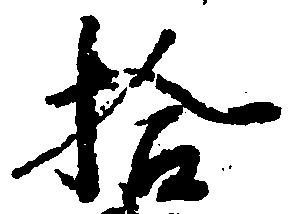
拾